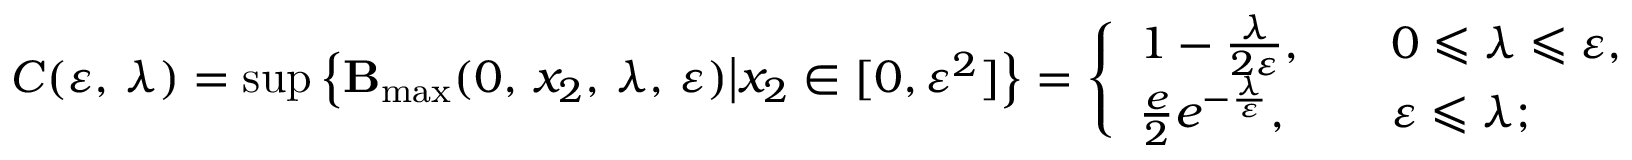
C ( \varepsilon , \, \lambda ) = \operatorname* { s u p } \left\{ { \bf B } _ { \operatorname* { m a x } } ( 0 , \, x _ { 2 } , \, \lambda , \, \varepsilon ) \big | x _ { 2 } \in [ 0 , \varepsilon ^ { 2 } ] \right\} = \left\{ \begin{array} { l l } { 1 - \frac { \lambda } { 2 \varepsilon } , } & { \quad 0 \leqslant \lambda \leqslant \varepsilon , } \\ { \frac { e } { 2 } e ^ { - \frac { \lambda } { \varepsilon } } , } & { \quad \varepsilon \leqslant \lambda ; } \end{array} \right.